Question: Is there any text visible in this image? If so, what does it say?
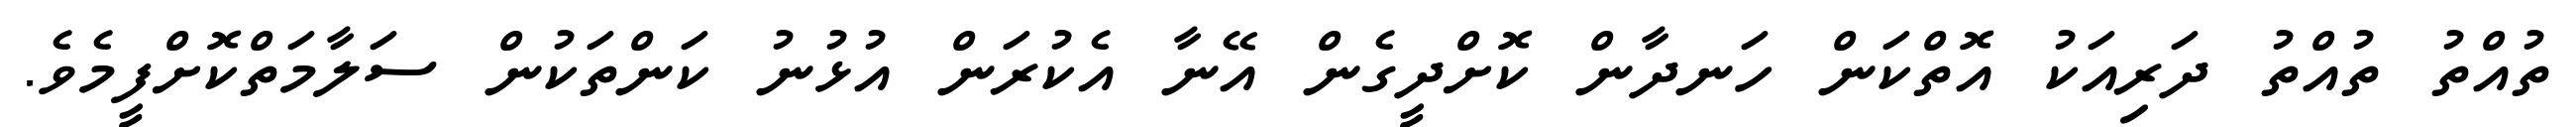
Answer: ތުއްތު ތުއްތު ދަރިއަކު އޮތްކަން ހަނދާން ކޮށްދީގެން އޭނާ އެކުރަން އުޅުނު ކަންތަކުން ސަލާމަތްކޮށްފީމެވެ.